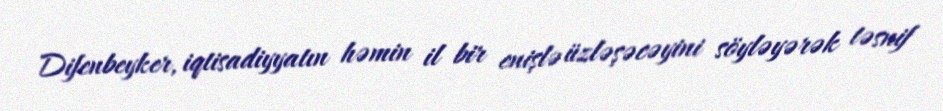
Difenbeyker, iqtisadiyyatın həmin il bir enişlə üzləşəcəyini söyləyərək təsnif